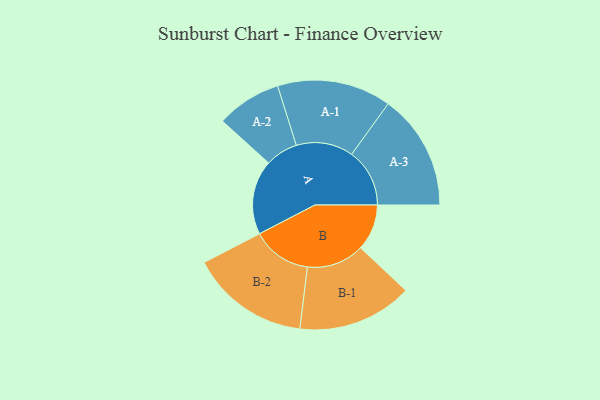
{"axis": {"x": "Segment", "y": "Value"}, "legend": ["", "A", "B"], "data": [{"x": "A", "y": 325, "type": ""}, {"x": "B", "y": 202, "type": ""}, {"x": "A-1", "y": 249, "type": "A"}, {"x": "A-2", "y": 142, "type": "A"}, {"x": "A-3", "y": 253, "type": "A"}, {"x": "B-1", "y": 251, "type": "B"}, {"x": "B-2", "y": 260, "type": "B"}]}